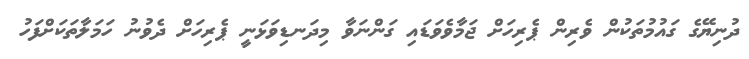
ދުނިޔޭގެ ގައުމުތަކުން ވެރިން ޕެރިހަށް ޖަމާވެވަޑައި ގަންނަވާ މިދަނޑިވަޅަނީ ޕެރިހަށް ދެވުނު ހަމަލާތަކަށްފަހު